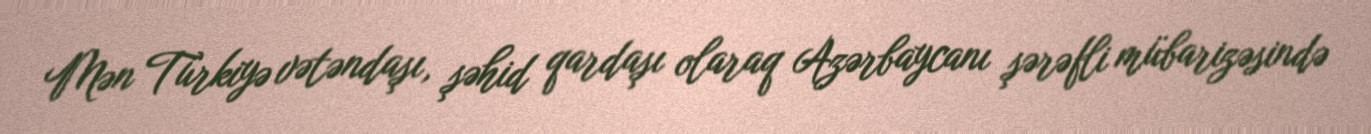
Mən Türkiyə vətəndaşı, şəhid qardaşı olaraq Azərbaycanı şərəfli mübarizəsində